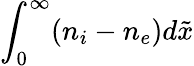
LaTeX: \int_{0}^{\infty}(n_{i}-n_{e})d\tilde{x}